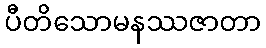
ပီတိသောမနဿဇာတာ